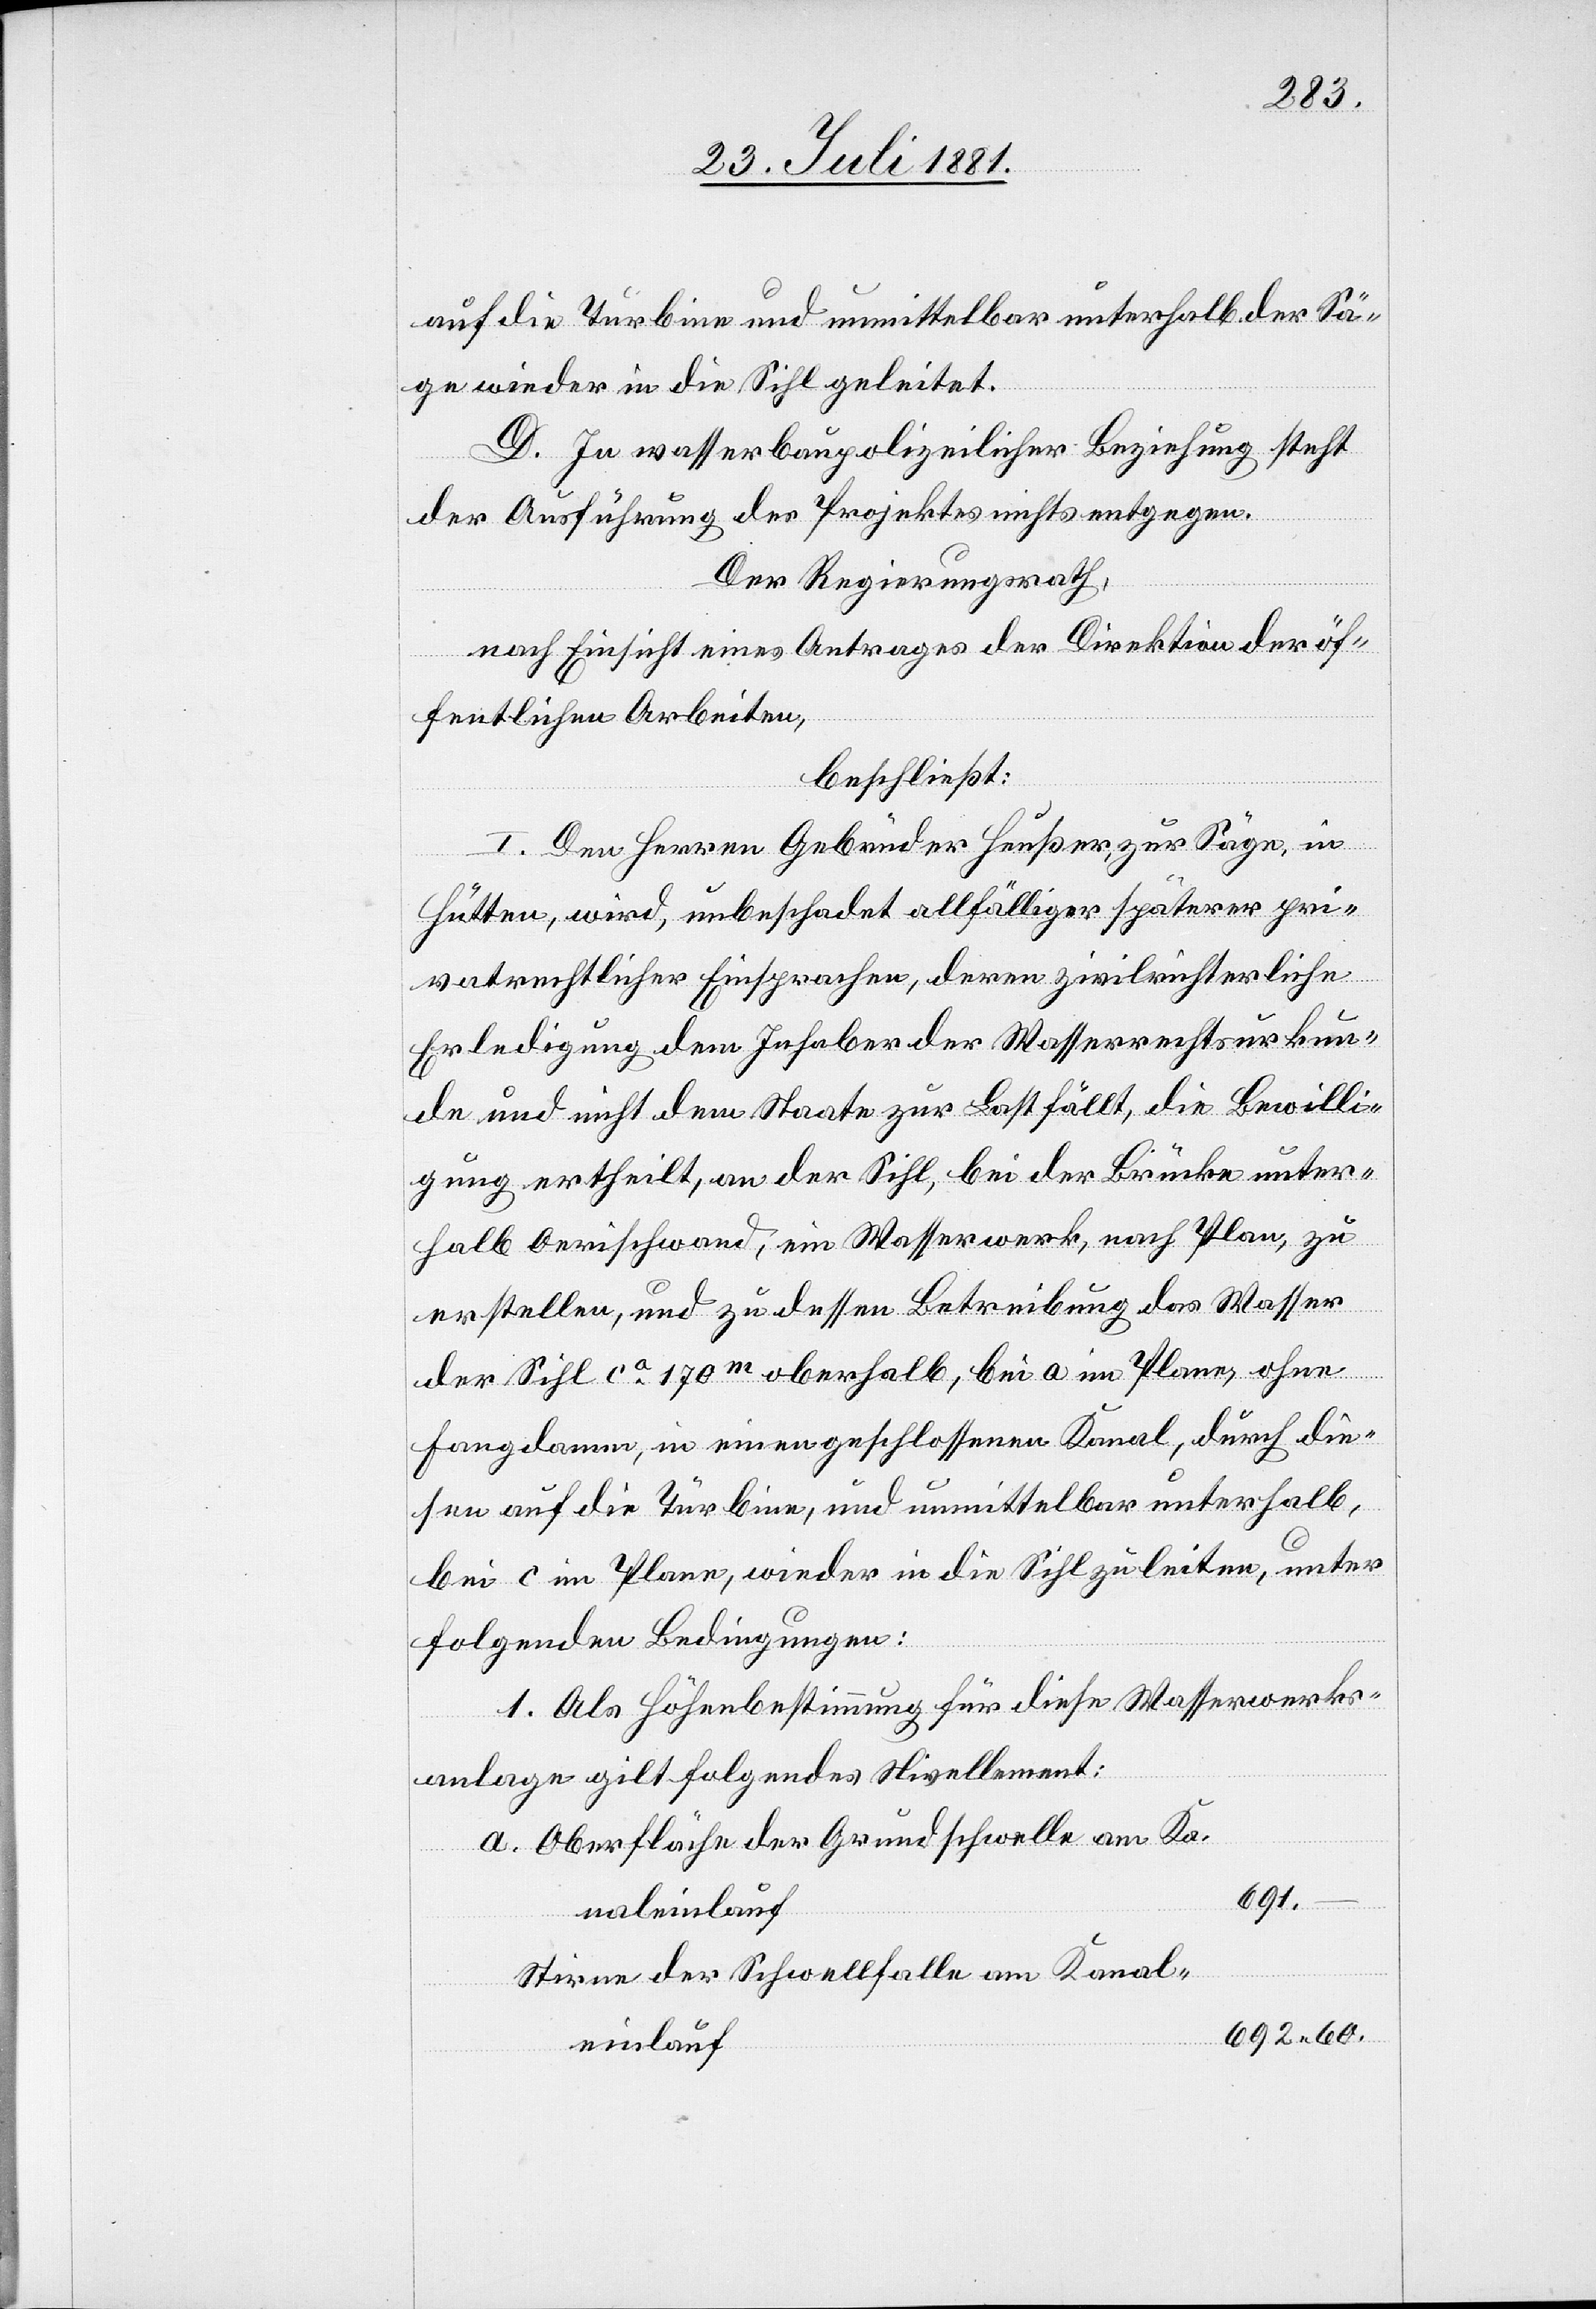
auf die Turbine und unmittelbar unterhalb der Sä¬
ge wieder in die Sihl geleitet.
D. In wasserbaupolizeilicher Beziehung steht
der Ausführung des Projektes nichts entgegen.
Der Regierungsrath,
nach Einsicht eines Antrages der Direktion der öf¬
fentlichen Arbeiten,
beschließt:
I. Den Herren Gebrüder Heußer, zur Säge, in
Hütten, wird, unbeschadet allfälliger späterer pri¬
vatrechtlicher Einsprachen, deren zivilrichterliche
Erledigung dem Inhaber der Wasserrechtsurkun¬
de und nicht dem Staate zur Last fällt, die Bewilli¬
gung ertheilt, an der Sihl, bei der Brücke unter¬
halb Oerischwand, ein Wasserwerk, nach Plan, zu
erstellen und zu dessen Betreibung das Wasser
der Sihl ca 170m oberhalb, bei a im Plane, ohne
Fangdamm, in einen geschlossenen Kanal, durch die¬
sen auf die Turbine, und unmittelbar unterhalb,
bei c im Plane, wieder in die Sihl zu leiten, unter
folgenden Bedingungen:
1. Als Höhenbestimmung für diese Wasserwerks¬
anlage gilt folgendes Nivellement:
Oberfläche der Grundschwelle am Ka¬
a.
691.
naleinlauf
Stirne der Schwellfalle am Kanal¬
692,60.
einlauf